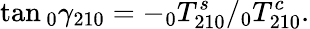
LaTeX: \tan\phantom{}_{0}\gamma_{210}=-\phantom{}_{0}T_{210}^{s}/\phantom{}_{0}T_{210}^{c}.